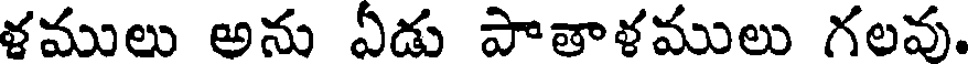
ళములు అను ఏడు పాతాళములు గలవు.